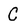
Character: C